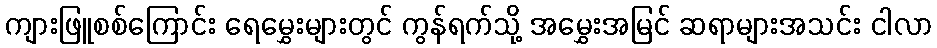
ကျားဖြူစစ်ကြောင်း ရေမွှေးများတွင် ကွန်ရက်သို့ အမွှေးအမြင် ဆရာများအသင်း ငါလာ